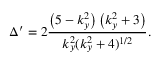
\Delta ^ { \prime } = 2 \frac { \left( 5 - k _ { y } ^ { 2 } \right) \left( k _ { y } ^ { 2 } + 3 \right) } { k _ { y } ^ { 2 } ( k _ { y } ^ { 2 } + 4 ) ^ { 1 / 2 } } .